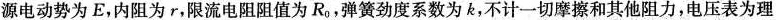
源电动势为E，内阻为r，限流电阻阻值为R_{0}，弹簧劲度系数为k，不计一切摩擦和其他阻力，电压表为理